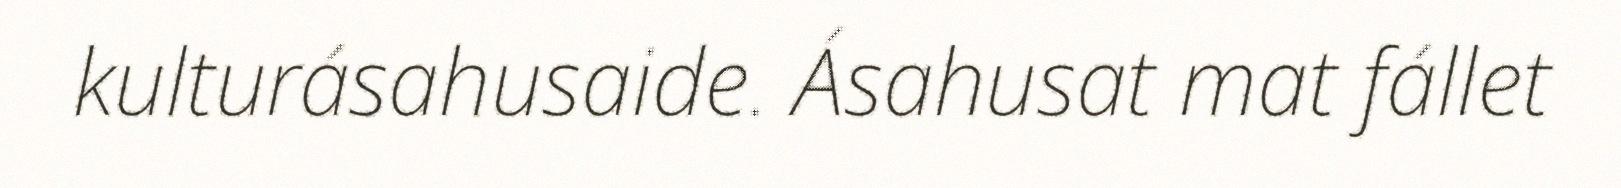
kulturásahusaide. Ásahusat mat fállet